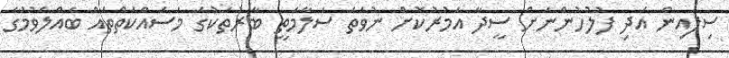
ސިފައިން އަދި ފުލުހުންނަށް ސީދާ އަމުރުކޮށް ނުވަތަ ސަލާމަތީ ބާރުތަކުގެ މަސައްކަތްތައް ބެއްލެވުމުގެ